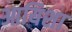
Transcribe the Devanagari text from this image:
आयिशा